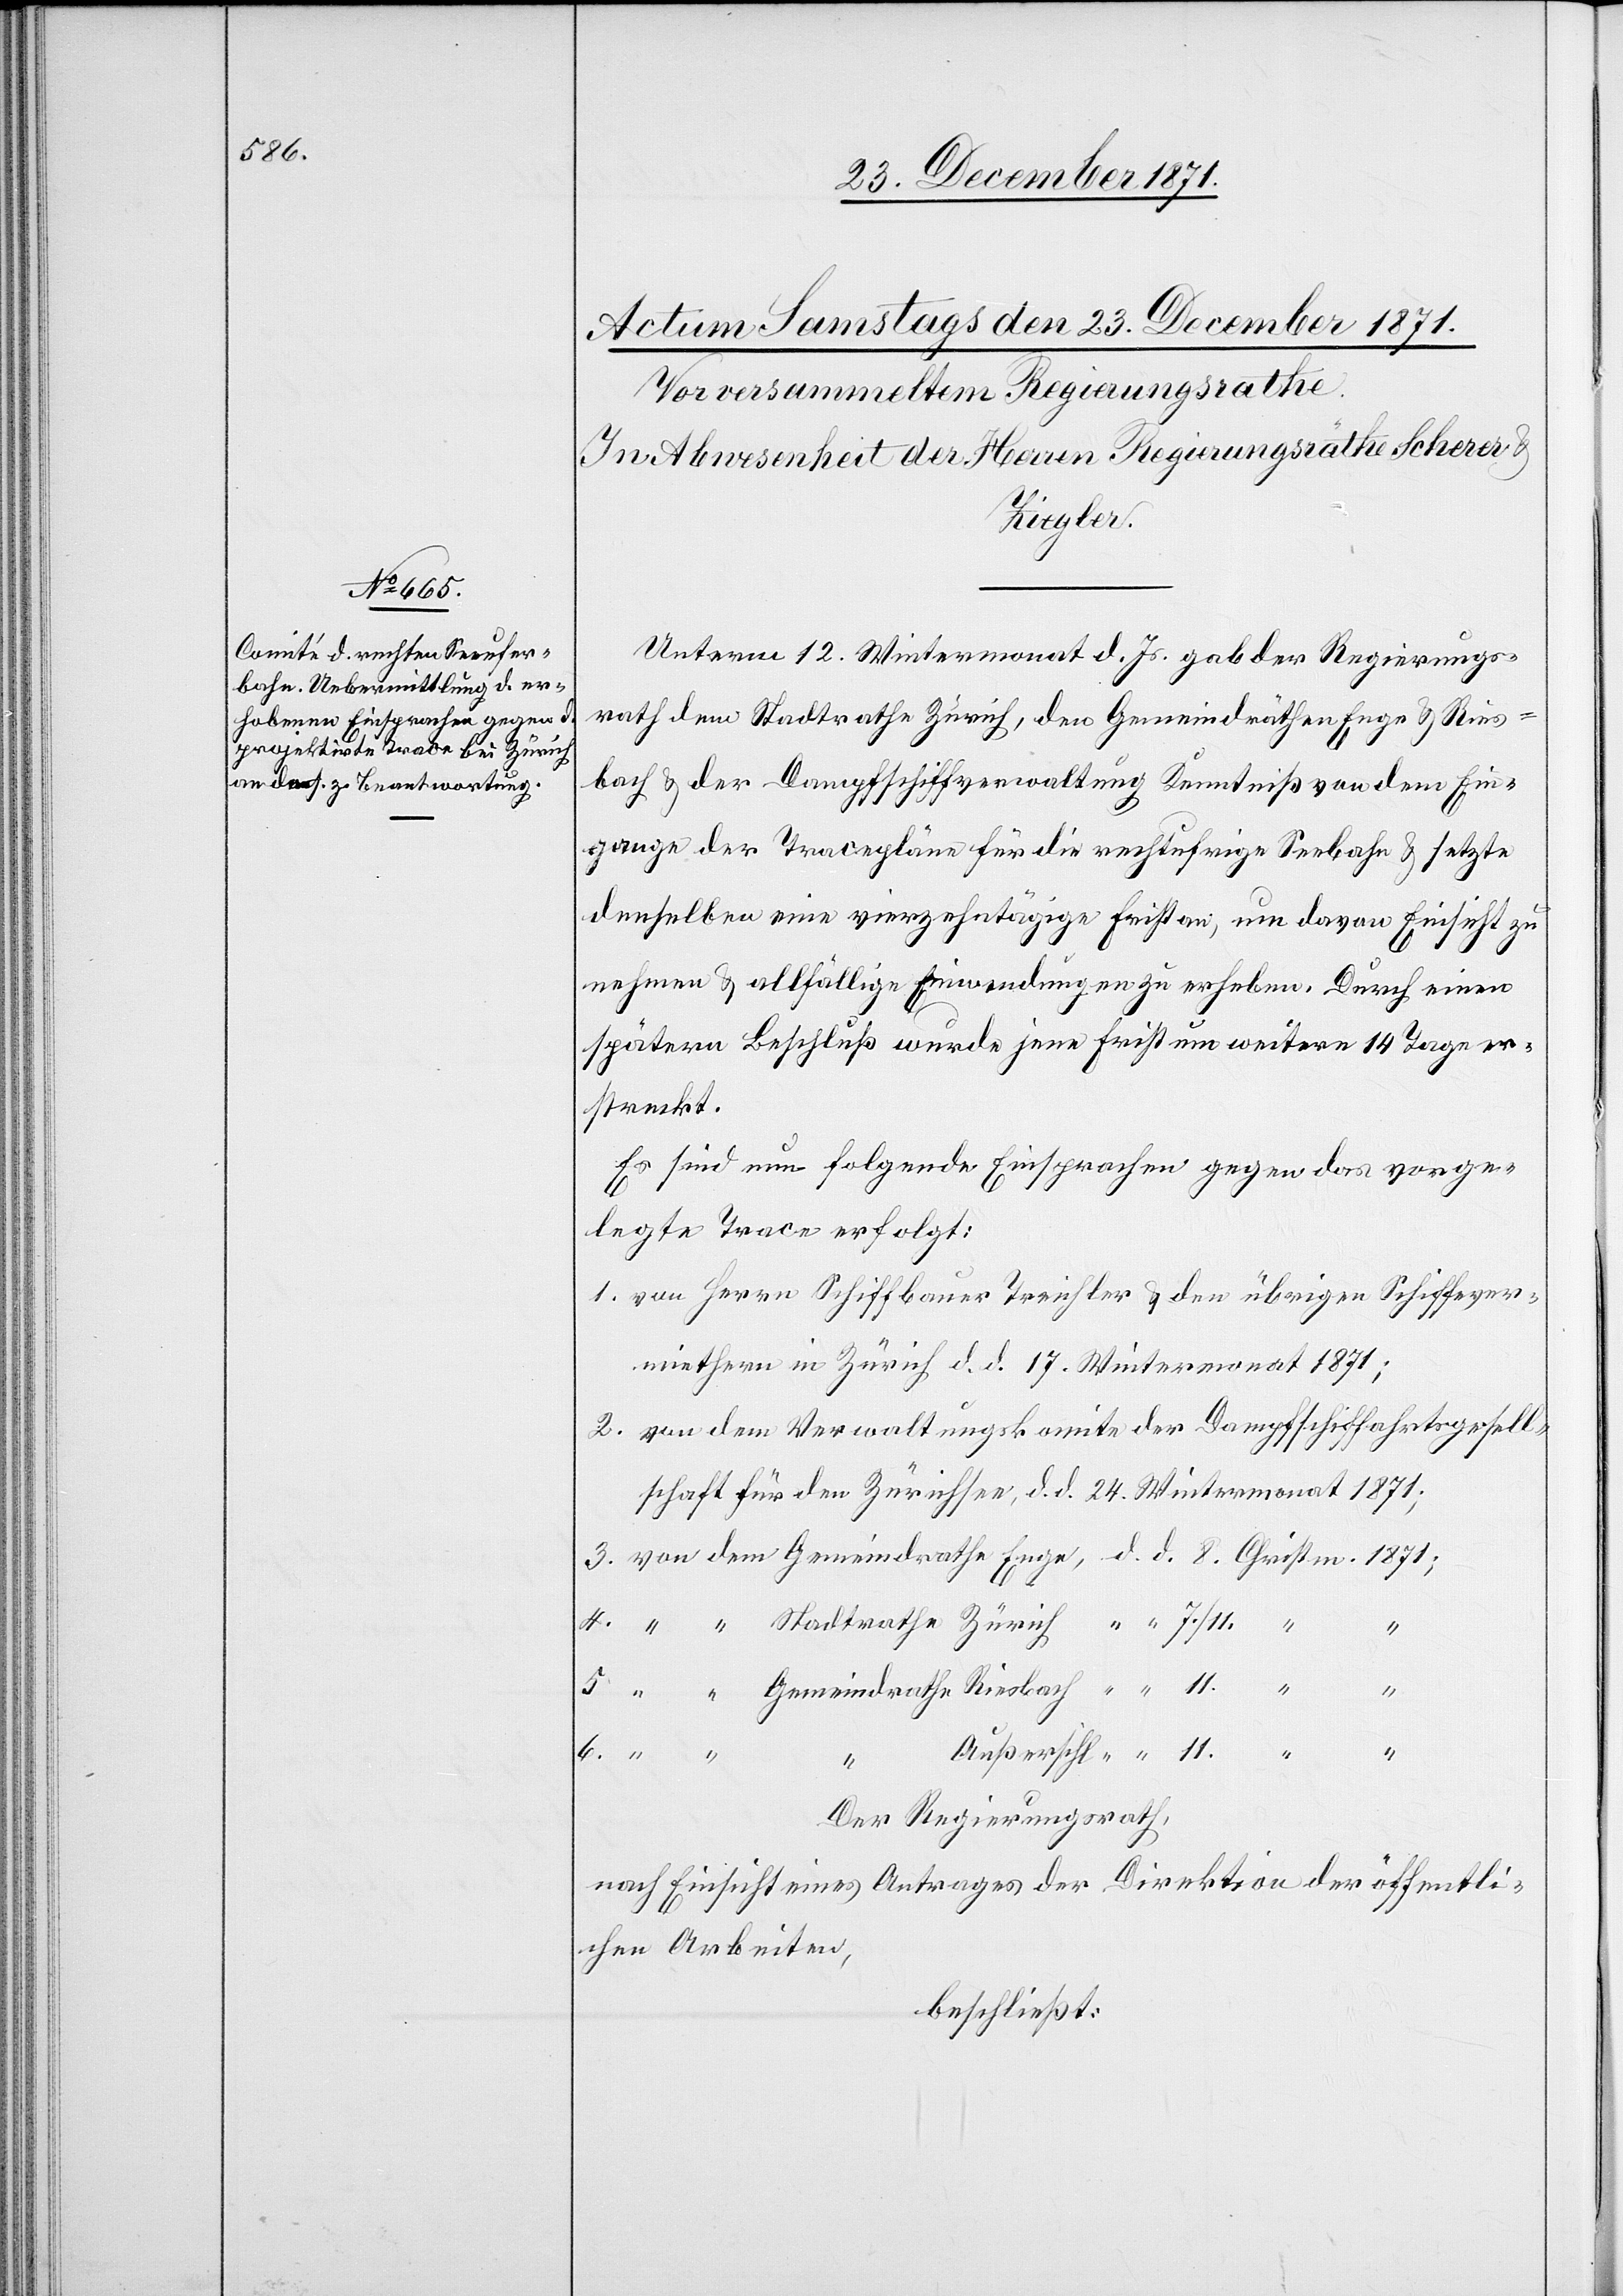
Unterm 12. Wintermonat d. Js. gab der Regierungs¬
rath dem Stadtrath Zürich, den Gemeindräthen Enge & Ries¬
bach & der Dampfschiffverwaltung Kenntniß von dem Ein¬
gange der Tracepläne für die rechtufrige Seebahn & setzte
denselben eine vierzehntätige Frist an, um davon Einsicht zu
nehmen & allfällige Einwendungen zu erheben. Durch einen
späteren Beschluß wurde jene Frist um weitere 14 Tage er¬
streckt.
Es sind nun folgende Einsprachen gegen das vorge¬
legte Trace erfolgt:
1. von Herrn Schiffbauern Treichler & den übrigen Schiffsver¬
miethern in Zürich d. d. 17. Wintermonat 1871;
2. von dem Verwaltungskomite der Dampfschiffahrtsgesell¬
schaft für den Zürichsee, d. d. 24. Wintermonat 1871;
6. von dem Gemeindrathe Außersihl, d. d. 11. Christm. 1871.
4.
7.
Christm.
Der Regierungsrath,
nach Einsicht eines Antrages der Direktion der öffentli¬
chen Arbeiten,
beschließt: